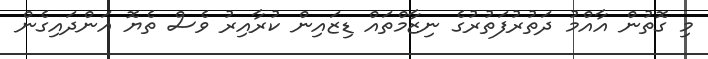
މި ގޮތުން އާއްމު ދަތުރުފަތުރުގެ ނިޒާމްތައް ޑިޒައިން ކުރާއިރު ވެސް ތެޔޮ އަންދައިގެން